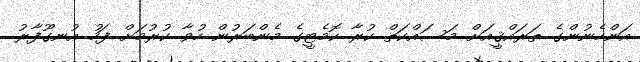
އަންހެނުންގެ ތަރައްޤީއަށް މަސައްކަތް ކުރާ ކޮމެޓީގެ މެންބަރުން ހުވާ ކުރުމަށް ފަހު އުނގޫފާރު